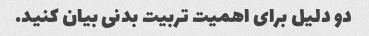
دو دلیل برای اهمیت تربیت بدنی بیان کنید.